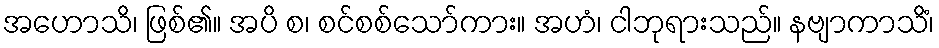
အဟောသိ၊ ဖြစ်၏။ အပိ စ၊ စင်စစ်သော်ကား။ အဟံ၊ ငါဘုရားသည်။ နဗျာကာသိံ၊